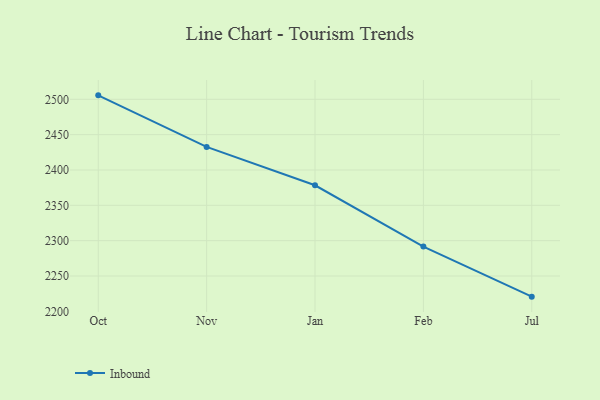
{"axis": {"x": "Month", "y": "Page Views"}, "legend": ["Inbound"], "data": [{"x": "Oct", "y": 2505.6, "type": "Inbound"}, {"x": "Nov", "y": 2432.7, "type": "Inbound"}, {"x": "Jan", "y": 2378.4, "type": "Inbound"}, {"x": "Feb", "y": 2291.6, "type": "Inbound"}, {"x": "Jul", "y": 2220.8, "type": "Inbound"}]}